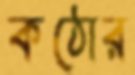
কঠোর